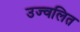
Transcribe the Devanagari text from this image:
उज्वलित